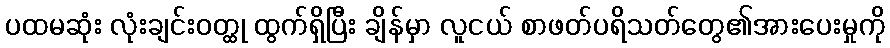
ပထမဆုံး လုံးချင်းဝတ္ထု ထွက်ရှိပြီး ချိန်မှာ လူငယ် စာဖတ်ပရိသတ်တွေ၏အားပေးမှုကို